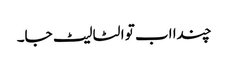
چندا اب تو الٹا لیٹ جا۔